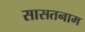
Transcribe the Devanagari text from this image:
सासतनाम